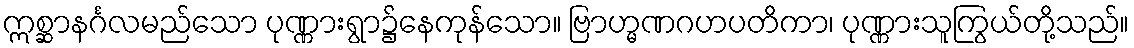
ဣစ္ဆာနင်္ဂလမည်သော ပုဏ္ဏားရွာ၌နေကုန်သော။ ဗြာဟ္မဏဂဟပတိကာ၊ ပုဏ္ဏားသူကြွယ်တို့သည်။